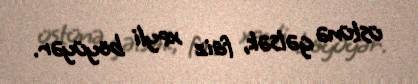
üstünə gəlsək, faiz xeyli böyüyər.